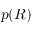
p ( R )